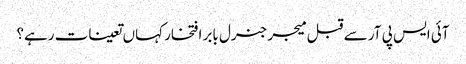
آئی ایس پی آر سے قبل میجر جنرل بابر افتخار کہاں تعینات رہے؟